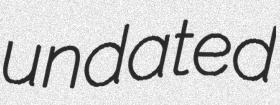
undated